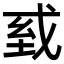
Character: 𢦾